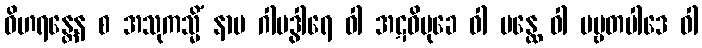
ဝိဟရန္တေန စ အသုကသ္မိံ နာမ ဂါမဒွါရေ ဝါ အဋဝိမုခေ ဝါ ပန္ထေ ဝါ ပဗ္ဗတပါဒေ ဝါ